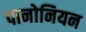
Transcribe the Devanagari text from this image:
पानोनियन